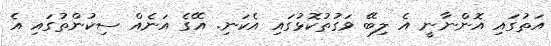
އަތުގައި އޮންނާނީ އެ ލިބޭ ވަގުތުކޮޅުގައި އެކަނި. އޭގެ އަނެއް ސިކުންތުގައި އެ